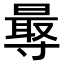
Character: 𭕁